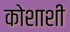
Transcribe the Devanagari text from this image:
कोशाशीं